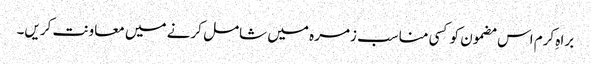
براہِ کرم اس مضمون کو کسی مناسب زمرہ میں شامل کرنے میں معاونت کریں۔